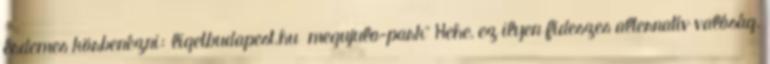
érdemes körbenézni: ligetbudapest.hu megujulo-park" Hehe, ez ilyen fideszes alternatív valóság.